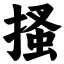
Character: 搔